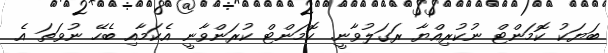
ބަޔަކު ކޮމަންޓް ނުކުރިއްޔާ ރަގަލުވާނީ. ކޮމަންޓް ކުރަންވާނީ އެކަމާއި ބެހޭ ނުވަތަ އެ